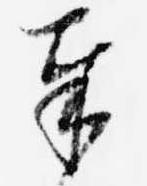
奉